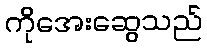
ကိုအေးဆွေသည်